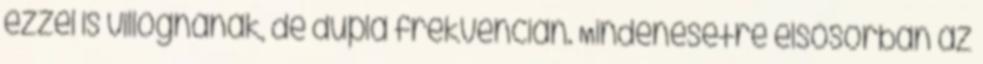
ezzel is villognának, de dupla frekvencián. Mindenesetre elsõsorban az